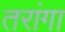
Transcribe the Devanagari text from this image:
तरांगा